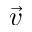
\vec { v }